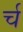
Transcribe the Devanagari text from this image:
र्च